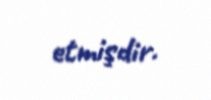
etmişdir.